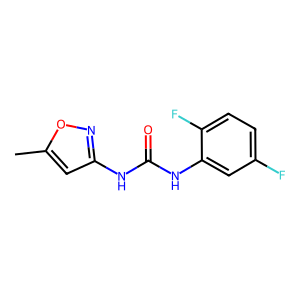
SMILES: Cc1cc(NC(=O)Nc2cc(F)ccc2F)no1
Inhibits HIV replication: No